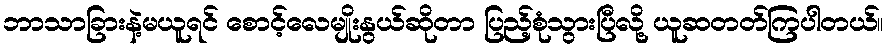
ဘာသာခြားနဲ့မယူရင် စောင့်လေမျိုးနွယ်ဆိုတာ ပြည့်စုံသွားပြီလို့ ယူဆတတ်ကြပါတယ်။